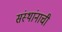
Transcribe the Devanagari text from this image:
संस्थांनाची